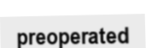
preoperated